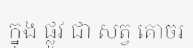
ក្នុង ផ្លូវ ជា សត្វ គោចរ